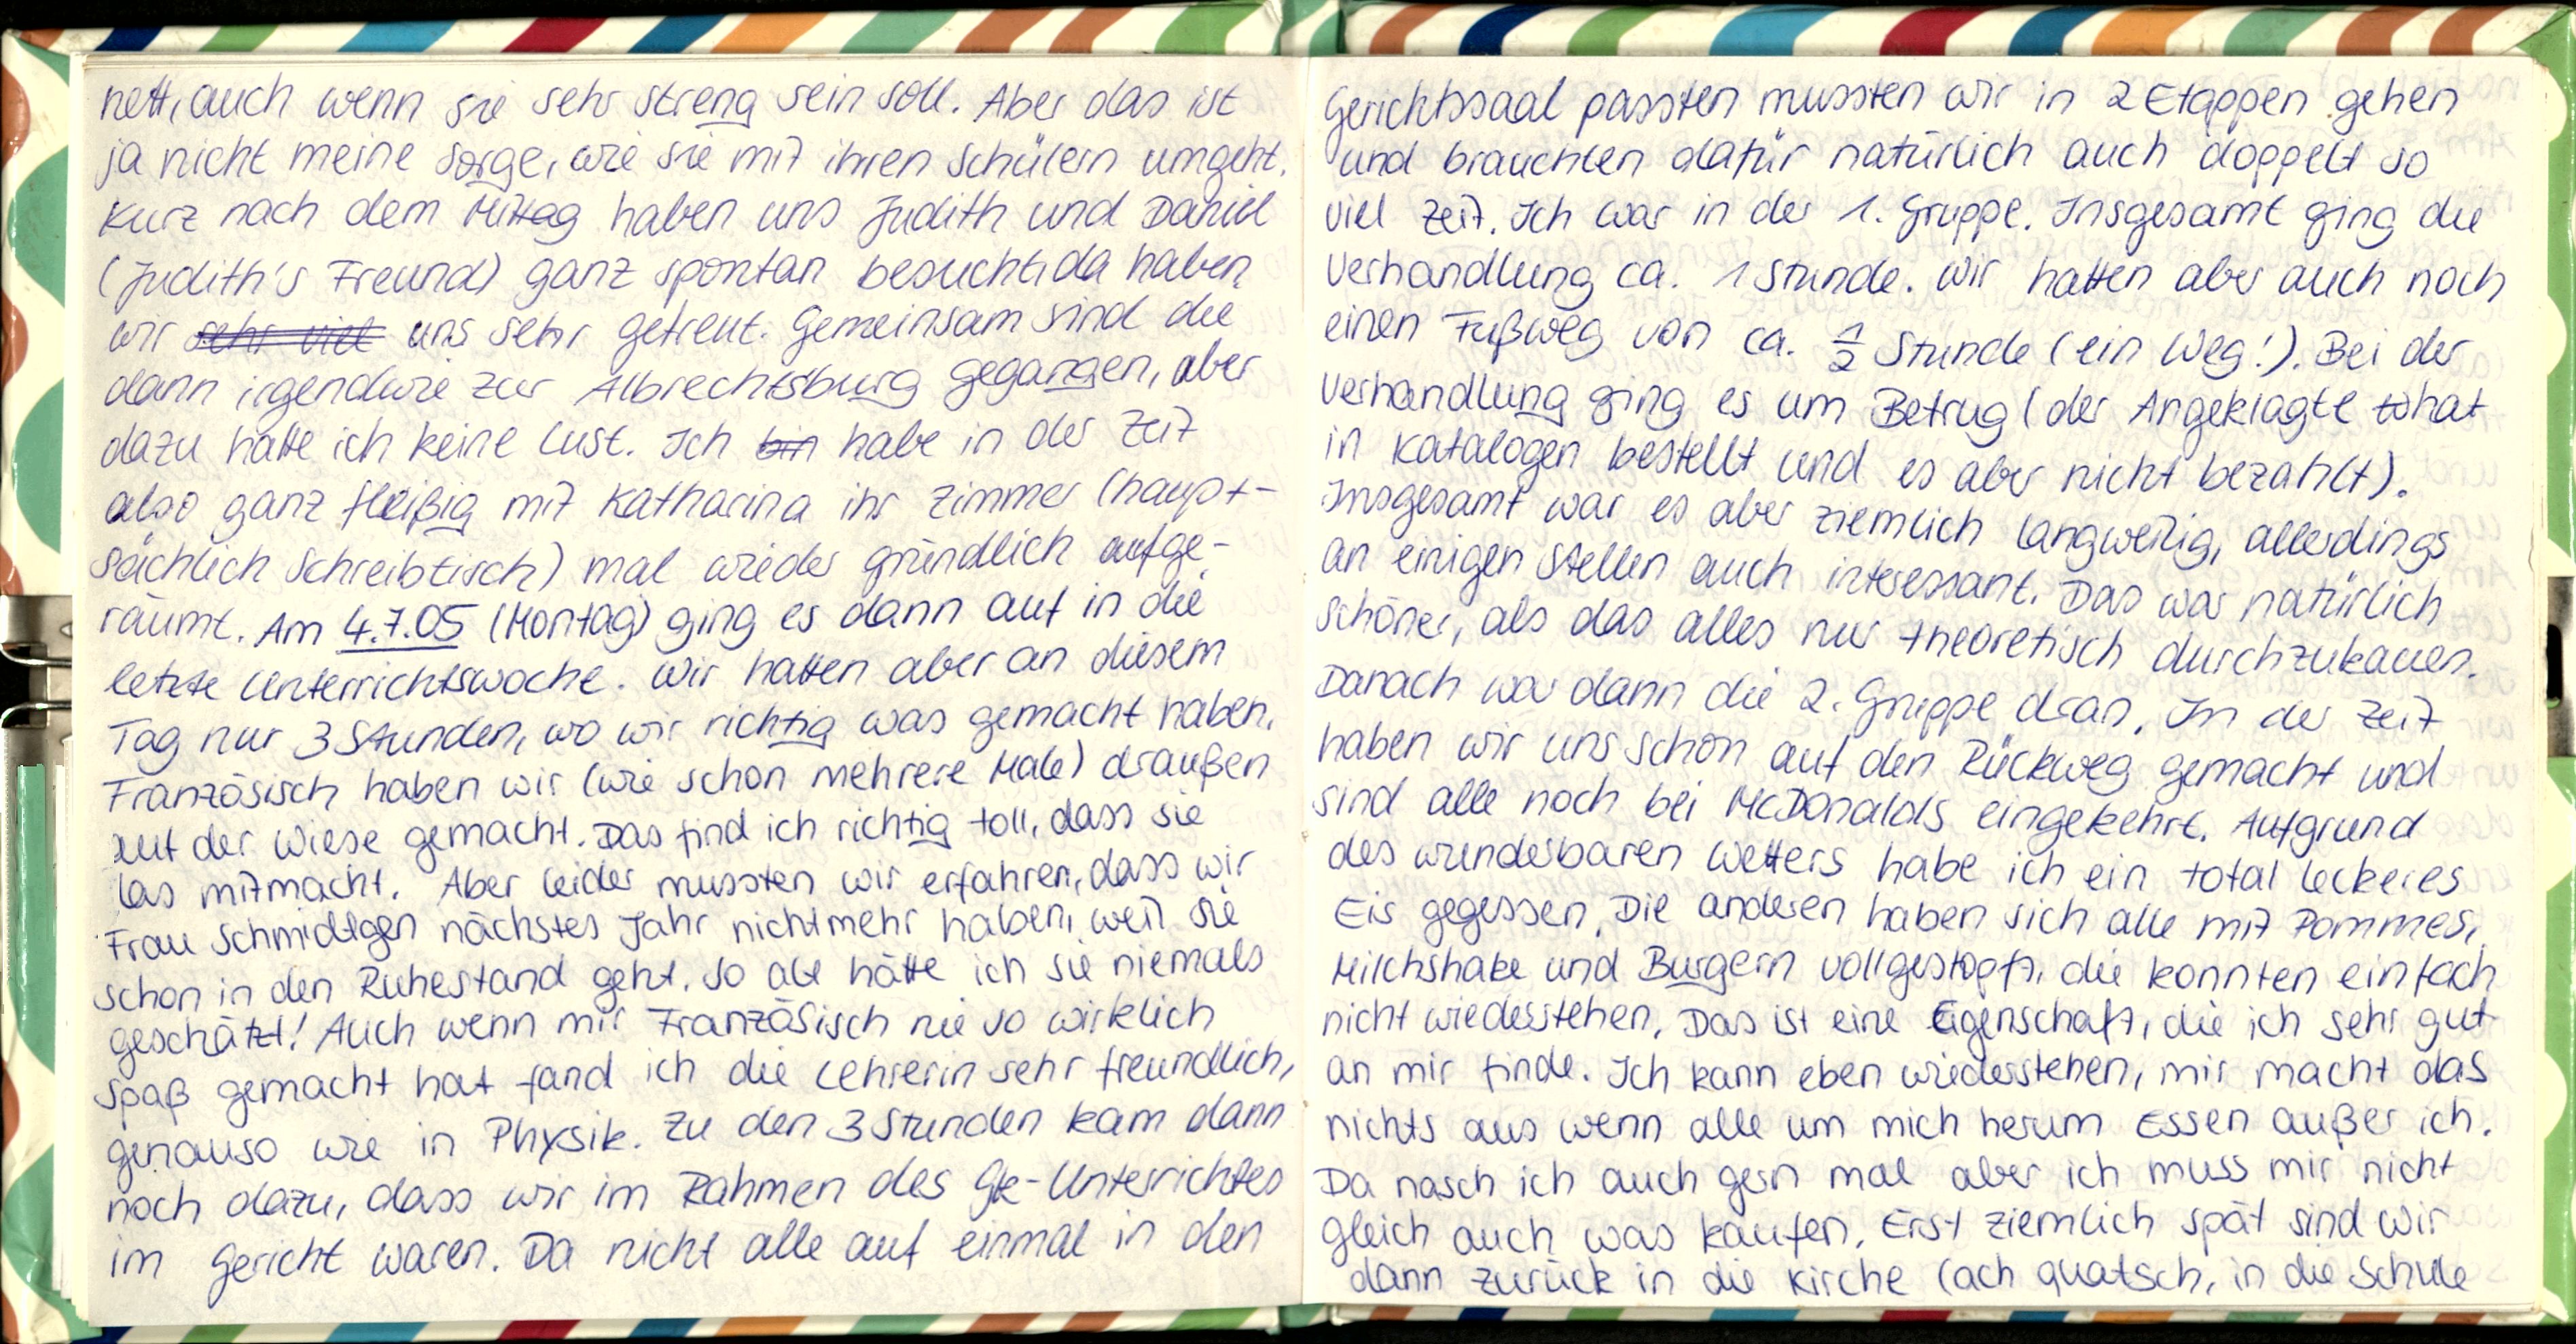
nett, auch wenn sie sehr streng sein soll. Aber das ist
ja nicht meine Sorge, wie sie mit ihren Schülern umgeht.
Kurz nach dem Mittag haben uns Judith und Daniel
(Judith's Freund) ganz spontan besucht, da haben
wir uns sehr gefreut. Gemeinsam sind die
dann irgendwie zur Albrechtsburg gegangen, aber
dazu hatte ich keine Lust. Ich habe in der Zeit
also ganz fleißig mit Katharina ihr Zimmer (haupt-
sächlich Schreibtisch) mal wieder gründlich aufge-
räumt. Am 4.7.05 (Montag) ging es dann auf in die
letzte Unterrichtswoche. Wir hatten aber an diesem
Tag nur 3 Stunden, wo wir richtig was gemacht haben.
Französisch haben wir (wie schon mehrere Male) draußen
auf der Wiese gemacht. Das find ich richtig toll, dass sie
das mitmacht. Aber leider mussten wir erfahren, dass wir
Frau Schmidtgen nächstes Jahr nichtmehr haben, weil sie
schon in den Ruhestand geht. So alt hätte ich sie niemals
geschätzt! Auch wenn mir Französisch nie so wirklich
Spaß gemacht hat fand ich die Lehrerin sehr freundlich,
genauso wie in Physik. Zu den 3 Stunden kam dann
noch dazu, dass wir im Rahmen des Gk-Unterrichtes
im Gericht waren. Da nicht alle auf einmal in den

Gerichtssaal passten mussten wir in 2 Etappen gehen
und brauchten dafür natürlich auch doppelt so
viel Zeit. Ich war in der 1. Gruppe. Insgesamt ging die
Verhandlung ca. 1 Stunde. Wir hatten aber auch noch
einen Fußweg von ca. ½ Stunde (ein Weg!). Bei der
Verhandlung ging es um Betrug (der Angeklagte hat
in Katalogen bestellt und es aber nicht bezahlt)
Insgesamt war es aber ziemlich langweilig, allerdings
an einigen Stellen auch interessant. Das war natürlich
schöner, als das alles nur theoretisch durchzukauen.
Danach war dann die 2. Gruppe dran. In der Zeit
haben wir uns schon auf den Rückweg gemacht und
sind alle noch bei Mc Donald's eingekehrt. Aufgrund
des wunderbaren Wetters habe ich ein total leckeres
Eis gegessen. Die anderen haben sich alle mit Pommes,
Milchshake und Burgern vollgestopft, die konnten einfach
nicht wiederstehen. Das ist eine Eigenschaft, die ich sehr gut
an mir finde. Ich kann eben wiederstehen, mir macht das
nichts aus wenn alle um mich herum Essen außer ich.
Da nasch ich auch gern mal aber ich muss mir nicht
gleich auch was kaufen. Erst ziemlich spät sind wir
dann zurück in die Kirche (ach quatsch, in die Schule